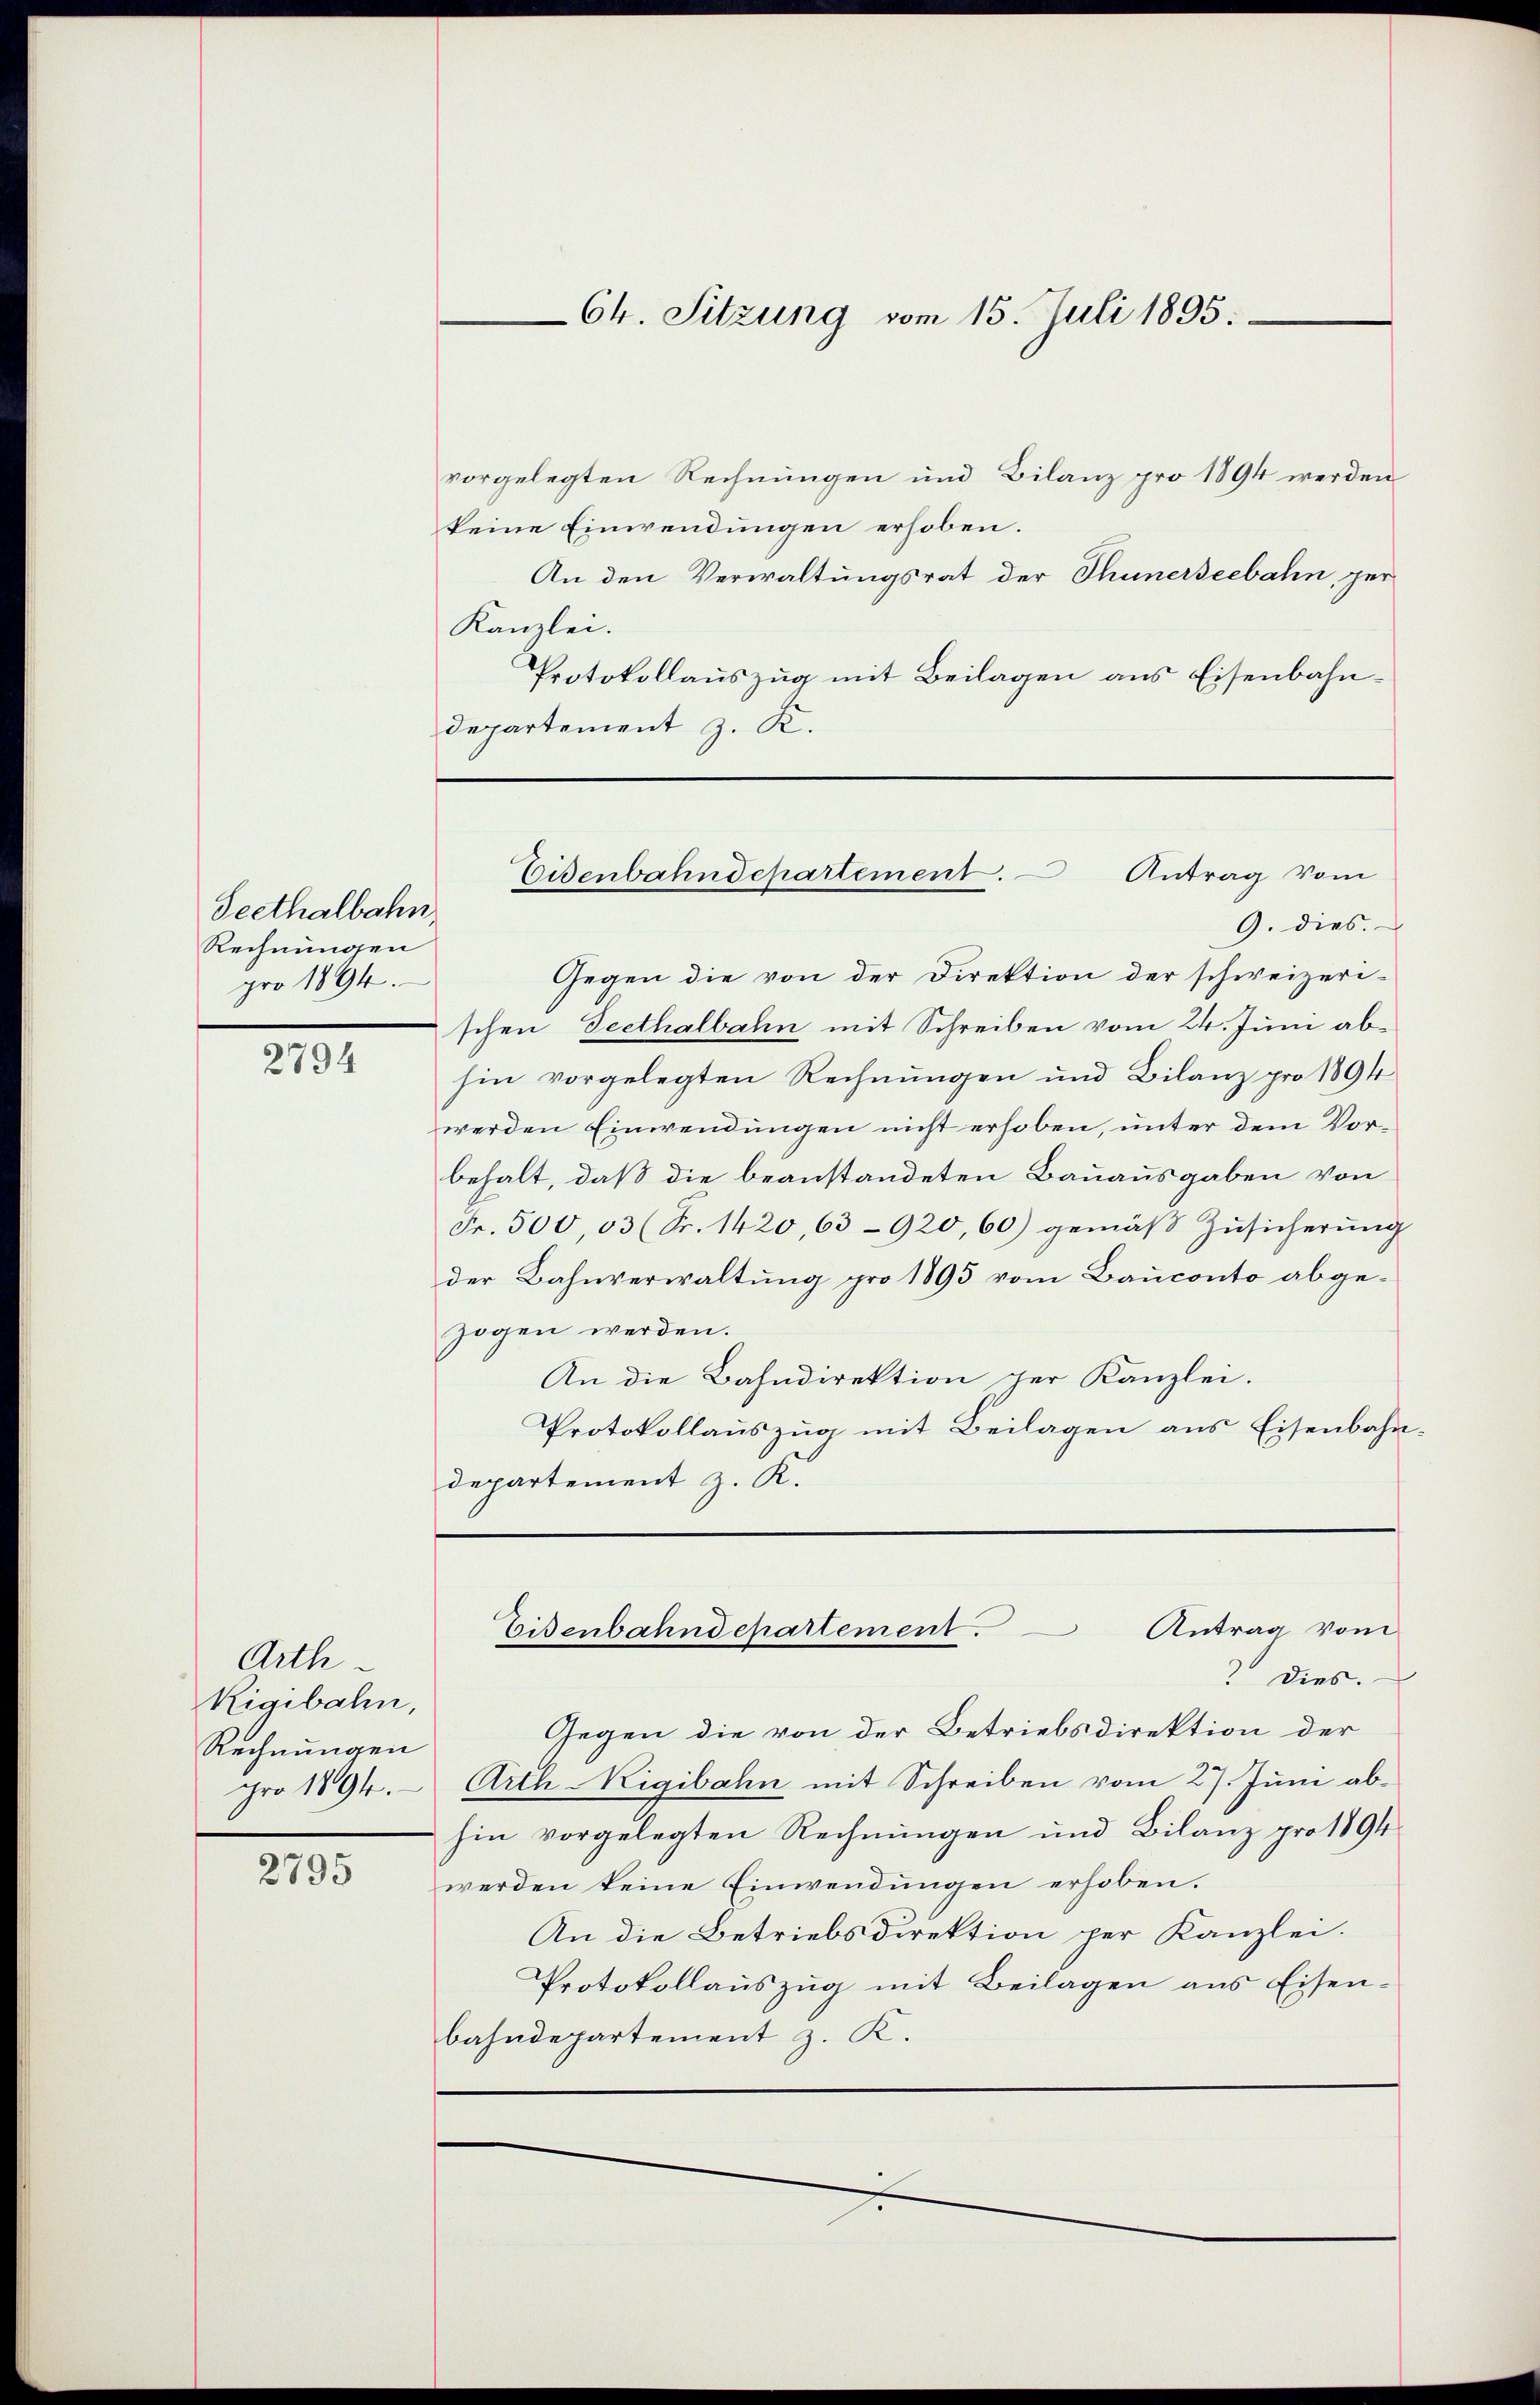
Seethalbahn,
Rechnungen
pro 1894.

2794

Arth
Rigibahn,
Rechnungen
pro 1894.

2795

vorgelegten Rechnungen und Bilanz pro 1894 werden
keine Einwendungen erhoben.
An den Verwaltungsrat der Thunerseebahn, per
Kanzlei.
Protokollauszug mit Beilagen aus Eisenbahndepartement z. K.
9. dies.
Gegen die von der Direktion der schweizeri-
schen Seethalbahn mit Schreiben vom 24. Juni abhin vorgelegten Rechnungen und Bilanz pro 1894
werden Einwendungen nicht erhoben, unter dem Vorbehalt, daß die beanstandeten Bauausgaben von
Fr. 500,03 (Fr. 1420, 63-920,60) gemäß Zusicherung
der Bahnverwaltung pro 1895 vom Bauconto abgezogen werden.
An die Bahndirektion per Kanzlei.
Protokollauszug mit Beilagen aus Eisenbahn
departement z. K.
Antrag vom
Eisenbahndepartement.
 Dies
Gegen die von der Betriebsdirektion der
Arth Rigibahn mit Schreiben vom 27. Juni abhin vorgelegten Rechnungen und Bilanz pro 1894
werden keine Einwendungen erhoben.
An die Betriebsdirektion per Kanzlei.
Protokollauszug mit Beilagen aus Eisen-
bahndepartement z. K.

64. Sitzung vom 15. Juli 1895.

Eisenbahndepartement. Antrag vom